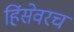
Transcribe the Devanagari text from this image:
हिंसेवरच